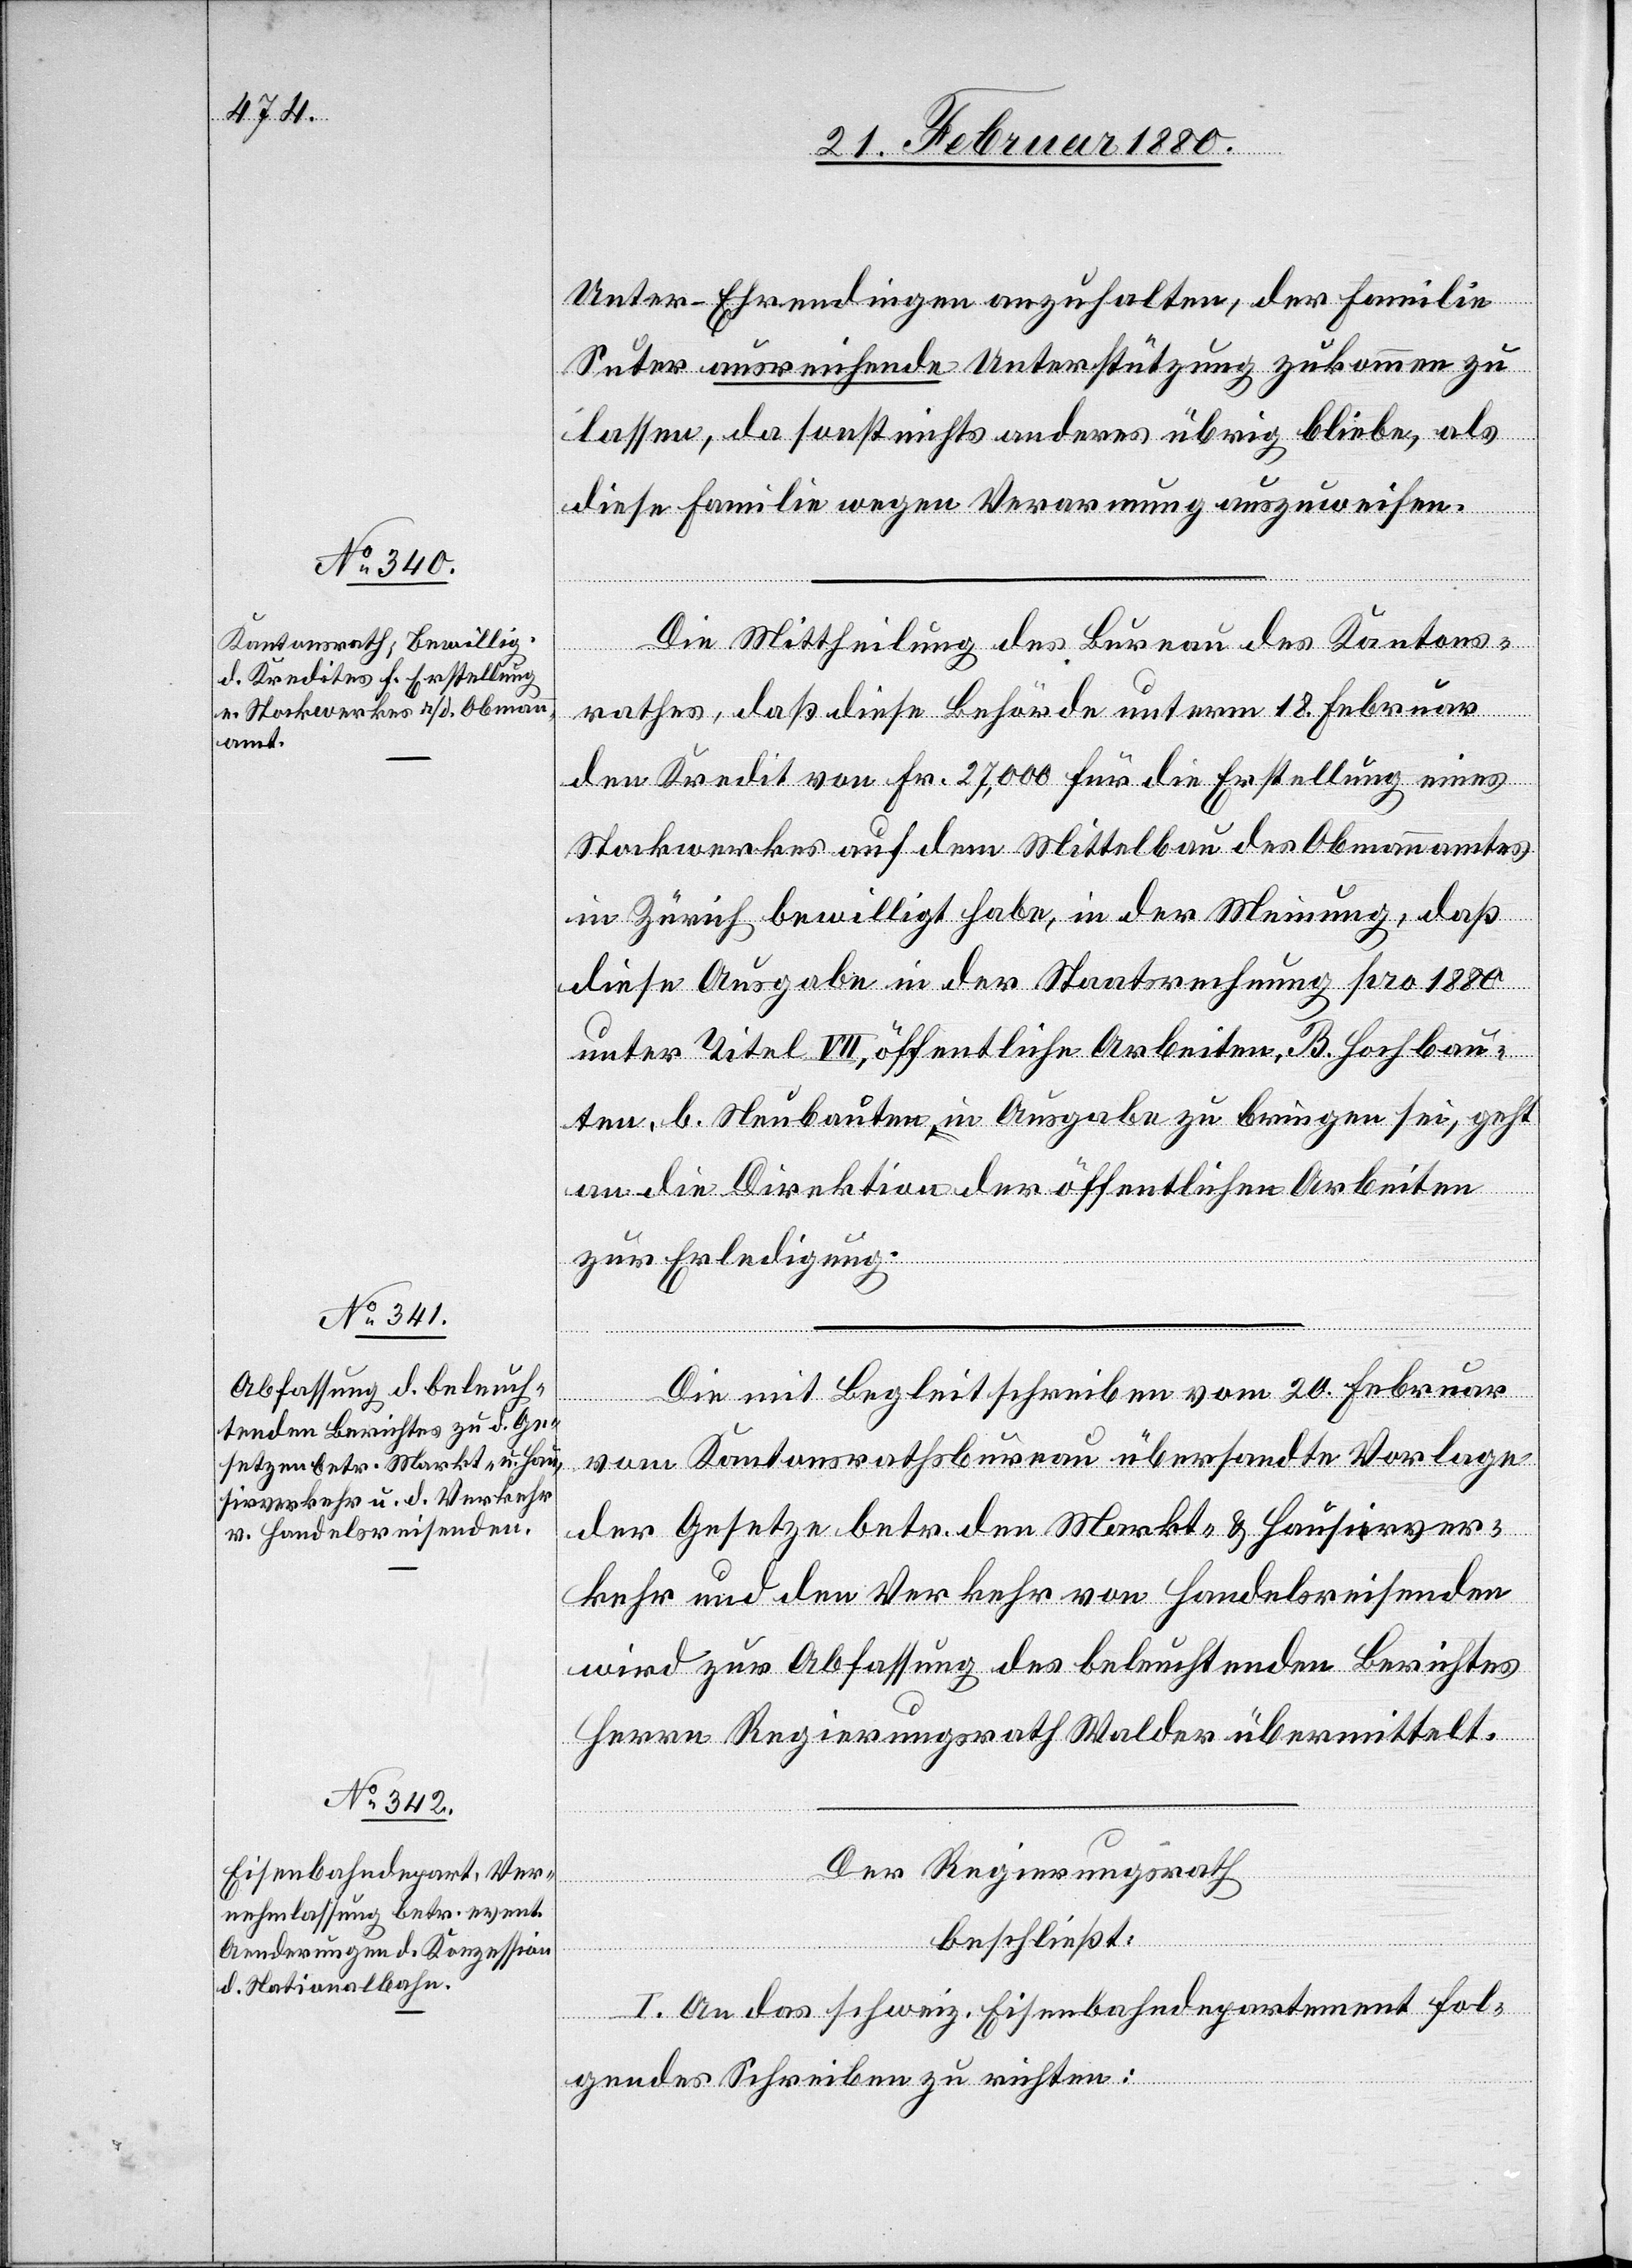
Unter-Ehrendingen anzuhalten, der Familie
Suter ausreichende Unterstützung zukommen zu
lassen, da sonst nichts anderes übrig bliebe, als
diese Familie wegen Verarmung auszuweisen.
Die Mittheilung des Bureau des Kantons¬
rathes, daß diese Behörde unterm 18. Februar
den Kredit von Fr. 27, 000 für die Erstellung eines
Stockwerkes auf dem Mittelbau des Obmannamtes
in Zürich bewilligt habe, in der Meinung, daß
diese Ausgabe in der Staatsrechnung pro 1880
unter Titel VII, öffentliche Arbeiten, B. Hochbau¬
ten, b. Neubauten in Ausgabe zu bringen sei, geht
an die Direktion der öffentlichen Arbeiten
zur Erledigung.
Die mit Begleitschreiben vom 20. Februar
vom Kantonsrathsbureau übersandte Vorlage
der Gesetze betr. den Markt- & Hausirver¬
kehr und den Verkehr von Handelsreisenden
wird zur Abfassung des beleuchtenden Berichtes
Herrn Regierungsrath Wald übermittelt.
Der Regierungsrath
beschließt:
I. An das schweiz. Eisenbahndepartement fol¬
gendes Schreiben zu richten: